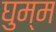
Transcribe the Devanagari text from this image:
घुम्म